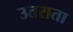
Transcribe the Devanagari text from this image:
उतराता